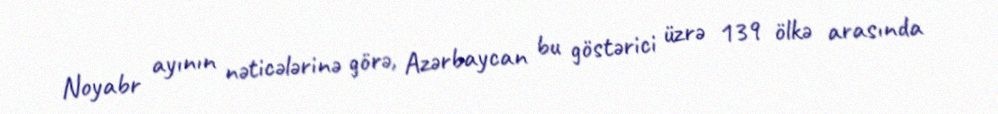
Noyabr ayının nəticələrinə görə, Azərbaycan bu göstərici üzrə 139 ölkə arasında